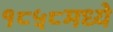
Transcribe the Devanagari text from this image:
१८५८मध्ये